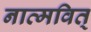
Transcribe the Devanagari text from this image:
नात्मवित्‌